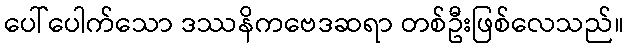
ပေါ်ပေါက်သော ဒဿနိကဗေဒဆရာ တစ်ဦးဖြစ်လေသည်။